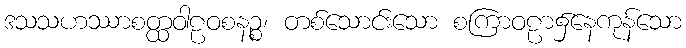
ဒသသဟဿာစတ္ထဝါဠဝစနဉ္စ၊ တစ်သောင်းသော စကြာဝဠာ၌နေကုန်သော